Malaria in India - Number 2
Disease focus: Malaria
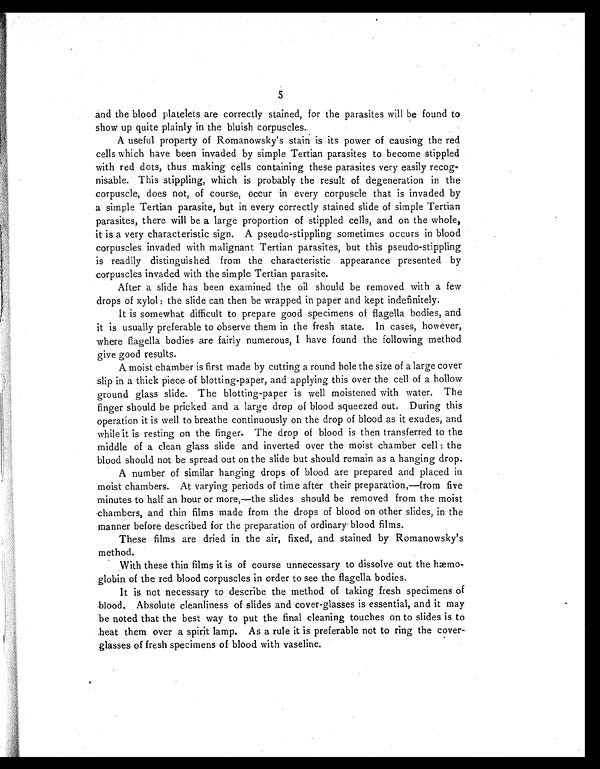
5
and the blood platelets are correctly stained, for the parasites will be found to
show up quite plainly in the bluish corpuscles.
A useful property of Romanowsky's stain is its power of causing the red
cells which have been invaded by simple Tertian parasites to become stippled
with red dots, thus making cells containing these parasites very easily recog-
nisable. This stippling, which is probably the result of degeneration in the
corpuscle, does not, of course, occur in every corpuscle that is invaded by
a simple Tertian parasite, but in every correctly stained slide of simple Tertian
parasites, there will be a large proportion of stippled cells, and on the whole,
it is a very characteristic sign. A pseudo-stippling sometimes occurs in blood
corpuscles invaded with malignant Tertian parasites, but this pseudo-stippling
is readily distinguished from the characteristic appearance presented by
corpuscles invaded with the simple Tertian parasite.
After a slide has been examined the oil should be removed with a few
drops of xylol : the slide can then be wrapped in paper and kept indefinitely.
It is somewhat difficult to prepare good specimens of flagella bodies, and
it is usually preferable to observe them in the fresh state. In cases, however,
where flagella bodies are fairly numerous, I have found the following method
give good results.
A moist chamber is first made by cutting a round hole the size of a large cover
slip in a thick piece of blotting-paper, and applying this over the cell of a hollow
ground glass slide. The blotting-paper is well moistened with water. The
finger should be pricked and a large drop of blood squeezed out. During this
operation it is well to breathe continuously on the drop of blood as it exudes, and
while it is resting on the finger. The drop of blood is then transferred to the
middle of a clean glass slide and inverted over the moist chamber cell : the
blood should not be spread out on the slide but should remain as a hanging drop.
A number of similar hanging drops of blood are prepared and placed in
moist chambers. At varying periods of time after their preparation,—from five
minutes to half an hour or more,—the slides should be removed from the moist
chambers, and thin films made from the drops of blood on other slides, in the
manner before described for the preparation of ordinary blood films.
These films are dried in the air, fixed, and stained by Romanowsky's
method.
With these thin films it is of course unnecessary to dissolve out the hæmo-
globin of the red blood corpuscles in order to see the flagella bodies.
It is not necessary to describe the method of taking fresh specimens of
blood. Absolute cleanliness of slides and cover-glasses is essential, and it may
be noted that the best way to put the final cleaning touches on to slides is to
heat them over a spirit lamp. As a rule it is preferable not to ring the cover-
glasses of fresh specimens of blood with vaseline.